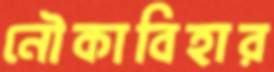
নৌকাবিহার